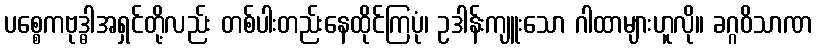
ပစ္စေကဗုဒ္ဓါအရှင်တို့လည်း တစ်ပါးတည်းနေထိုင်ကြပုံ၊ ဥဒါန်းကျူးသော ဂါထာများဟူလို။ ခဂ္ဂဝိသာဏ